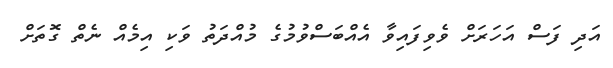
އަދި ފަސް އަހަރަށް ވެވިފައިވާ އެއްބަސްވުމުގެ މުއްދަތު ވަކި އިމެއް ނެތް ގޮތަށް